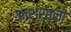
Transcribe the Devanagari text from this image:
आश्र्वनी